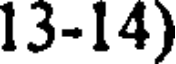
13-14)